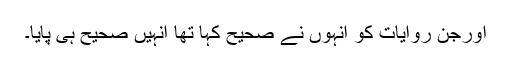
اورجن روایات کو انہوں نے صحیح کہا تھا انہیں صحیح ہی پایا۔